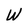
Character: W